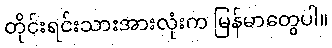
တိုင်းရင်းသားအားလုံးက မြန်မာတွေပါ။